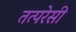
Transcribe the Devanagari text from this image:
तत्परेसी